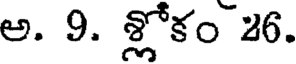
అ. 9. శ్లోకం 26.